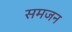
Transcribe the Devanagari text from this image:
समजन